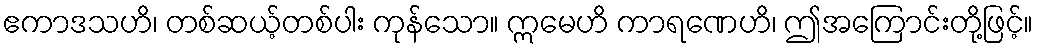
ဧကာဒသဟိ၊ တစ်ဆယ့်တစ်ပါး ကုန်သော။ ဣမေဟိ ကာရဏေဟိ၊ ဤအကြောင်းတို့ဖြင့်။